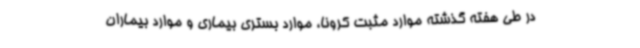
در طی هفته گذشته موارد مثبت کرونا، موارد بستری بیماری و موارد بیماران